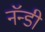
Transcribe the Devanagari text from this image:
नॅन्डी